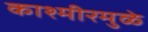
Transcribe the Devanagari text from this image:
काश्मीरमुळे